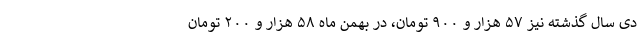
دی سال گذشته نیز ۵۷ هزار و ۹۰۰ تومان، در بهمن ماه ۵۸ هزار و ۲۰۰ تومان